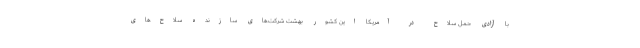
با آزادی حمل سلاح در آمریکا این کشور بهشت شرکت‌های سازنده سلاح‌های